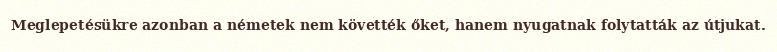
Meglepetésükre azonban a németek nem követték őket, hanem nyugatnak folytatták az útjukat.